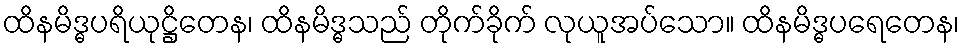
ထိနမိဒ္ဓပရိယုဋ္ဌိတေန၊ ထိနမိဒ္ဓသည် တိုက်ခိုက် လုယူအပ်သော။ ထိနမိဒ္ဓပရေတေန၊